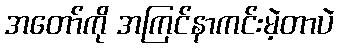
အတော်ကို အကြင်နာကင်းမဲ့တာပဲ